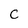
Character: C